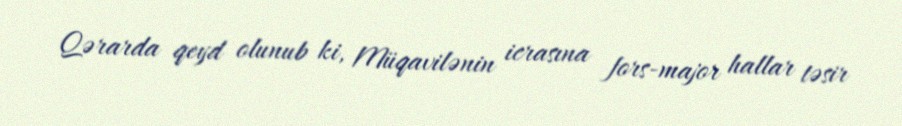
Qərarda qeyd olunub ki, Müqavilənin icrasına fors-major hallar təsir